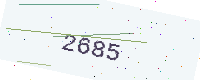
Text: 2685